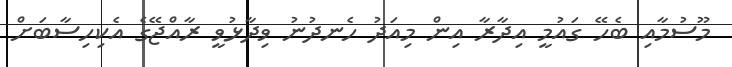
މޫސުމާއި ބެހޭ ގައުމީ އިދާރާ އިން މިއަދު ހެނދުނު ވިދާޅުވީ ރާއްޖޭގެ އެކިހިސާބަށް